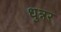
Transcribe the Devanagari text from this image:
धुन्नर